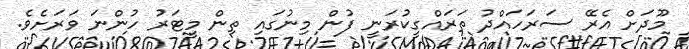
މޫދަށް އެރޭ ސަރަހައްދު ތަރައްގީކުރަނީ ފުން މިނުގައި ތިން މީޓަރު ހުންނަ ވަރަށެވެ.